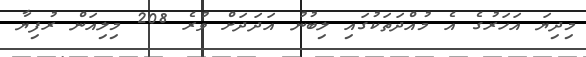
މިދިޔަ އަހަރުގެ އެ މުއްދަތަކުގައި ލިބުނު އަދަދަށް ވުރެ 208 މިލިއަން ރުފިޔާ